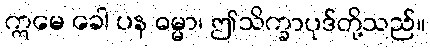
ဣမေ ခေါ ပန ဓမ္မာ၊ ဤသိက္ခာပုဒ်တို့သည်။